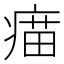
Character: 𤸠